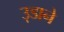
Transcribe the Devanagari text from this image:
उ़डाने